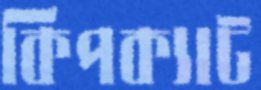
কিপক্যাট